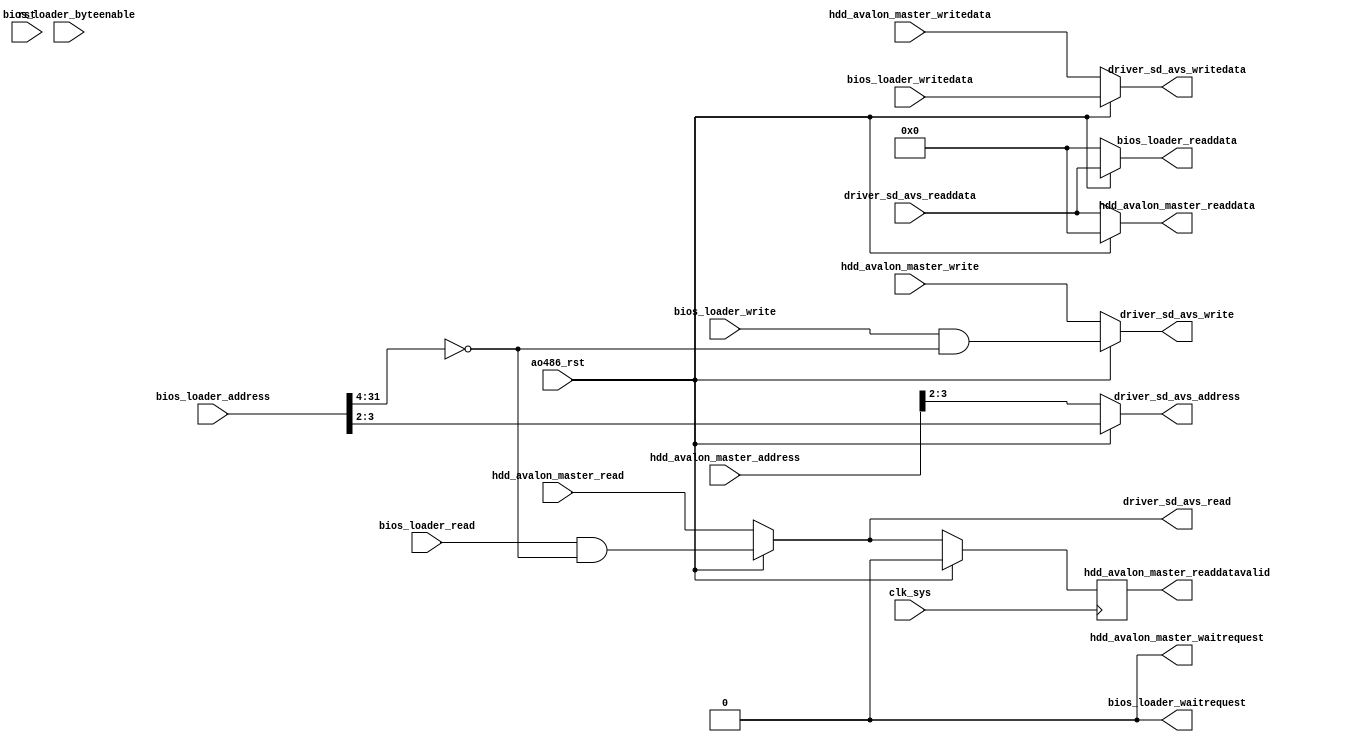
module to_driver_sd_avs(
                        input wire         clk_sys,
                        input wire         rst,
                        input wire         ao486_rst,

                        // input hdd_avalon_master
                        input wire [31:0]  hdd_avalon_master_address,
                        input wire         hdd_avalon_master_read,
                        output wire [31:0] hdd_avalon_master_readdata,
                        input wire         hdd_avalon_master_write,
                        input wire [31:0]  hdd_avalon_master_writedata,
                        output wire        hdd_avalon_master_waitrequest,
                        output reg         hdd_avalon_master_readdatavalid,

                        // input bios_loader
                        input wire [31:0]  bios_loader_address,
                        input wire         bios_loader_read,
                        output wire [31:0] bios_loader_readdata,
                        input wire         bios_loader_write,
                        input wire [31:0]  bios_loader_writedata,
                        output wire        bios_loader_waitrequest,
                        input wire [3:0]   bios_loader_byteenable,

                        // output driver_sd_avs
                        output wire [1:0]  driver_sd_avs_address,
                        output wire        driver_sd_avs_read,
                        input wire [31:0]  driver_sd_avs_readdata,
                        output wire        driver_sd_avs_write,
                        output wire [31:0] driver_sd_avs_writedata
                        );

    assign driver_sd_avs_address   = (~ao486_rst) ? hdd_avalon_master_address[3:2] : bios_loader_address[3:2];
    assign driver_sd_avs_read      = (~ao486_rst) ? hdd_avalon_master_read : bios_loader_read && bios_loader_address[31:4] == 28'h0;
    assign driver_sd_avs_write     = (~ao486_rst) ? hdd_avalon_master_write : bios_loader_write && bios_loader_address[31:4] == 28'h0;
    assign driver_sd_avs_writedata = (~ao486_rst) ? hdd_avalon_master_writedata : bios_loader_writedata;

    assign hdd_avalon_master_readdata = (~ao486_rst) ? driver_sd_avs_readdata : 0;
    assign hdd_avalon_master_waitrequest = 0;
    always @(posedge clk_sys) hdd_avalon_master_readdatavalid <= (~ao486_rst) ? driver_sd_avs_read : 0;

    assign bios_loader_readdata = (~ao486_rst) ? 0 : driver_sd_avs_readdata;
    assign bios_loader_waitrequest = 0;

endmodule